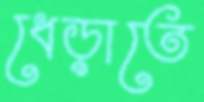
ধেড়াতে